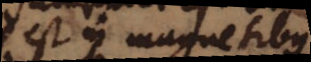
est in magnetibus,